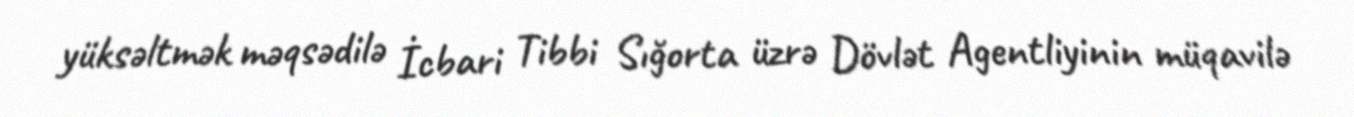
yüksəltmək məqsədilə İcbari Tibbi Sığorta üzrə Dövlət Agentliyinin müqavilə